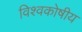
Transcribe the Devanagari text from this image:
विश्वकोषीय